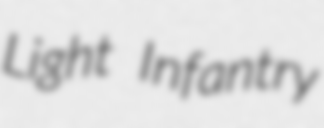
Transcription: Light Infantry